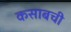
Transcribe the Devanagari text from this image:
कसाबची